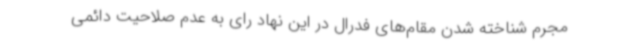
مجرم شناخته شدن مقام‌های فدرال در این نهاد رای به عدم صلاحیت دائمی